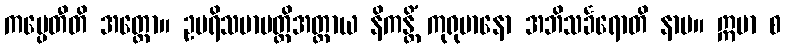
ကပ္ပေတီတိ အတ္ထော။ ဥပရိသမာပတ္တိအတ္ထာယ နိကန္တိံ ကုရုမာနော အဘိသင်္ခရောတိ နာမ။ ဣမာ စ